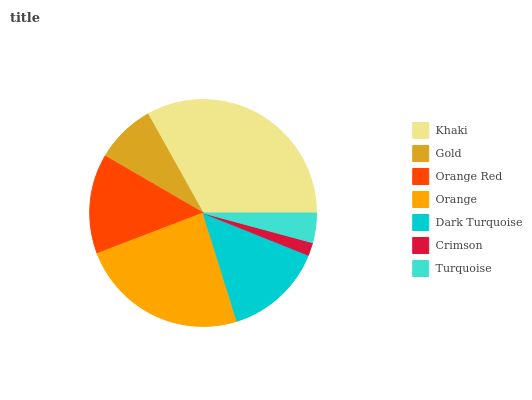
| Khaki | Gold | Orange Red | Orange | Dark Turquoise | Crimson | Turquoise |
 | --- | --- | --- | --- | --- | --- | --- |
 | 33.1% | 8.51% | 14.2% | 24% | 14.1% | 1.86% | 4.2% |